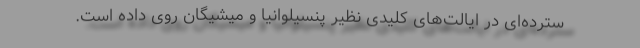
سترده‌ای در ایالت‌های کلیدی نظیر پنسیلوانیا و میشیگان روی داده است.